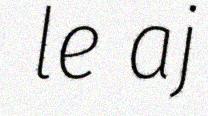
le aj